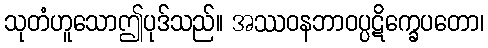
သုတံဟူသောဤပုဒ်သည်။ အဿဝနဘာဝပ္ပဋိက္ခေပတော၊